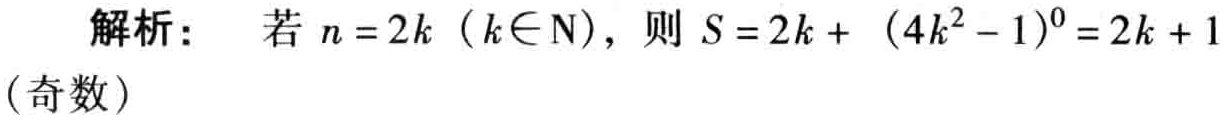
解析：若 \(n = 2k\)（\(k\in \mathrm{N}\)），则 \(S = 2k + (4k^{2}-1)^{0}=2k + 1\)（奇数）